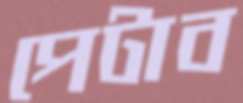
পেটাব